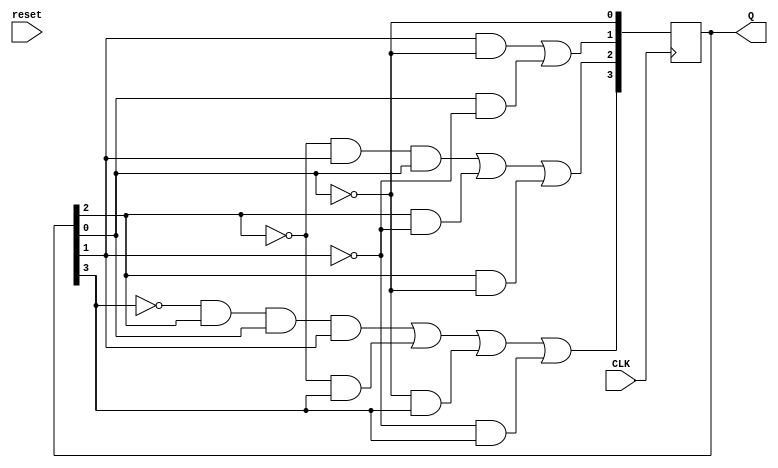
module Lab4part5 (reset,CLK,Q);
	
	input wire CLK,reset;
	output reg[3:0] Q;
	wire [3:0] D;

	assign D[0] = ~Q[0]; //FF_0 flip-flop
	assign D[1] = (Q[1] & ~Q[0])|(Q[0] & ~Q[1]); //FF_1 flip-flop
	assign D[2] = (~Q[2] & Q[1] & Q[0])|(Q[2] & ~Q[1])|(Q[2] & ~Q[0]); //FF_2 flip-flop
	assign D[3] = (~Q[3] & Q[2] & Q[0] & Q[1])|(~Q[2] & Q[3])|(~Q[0] & Q[3])|(~Q[1] & Q[3]); //FF_3 flipflop
	always @ (posedge CLK)Q <= D; //shows the D values

	endmodule